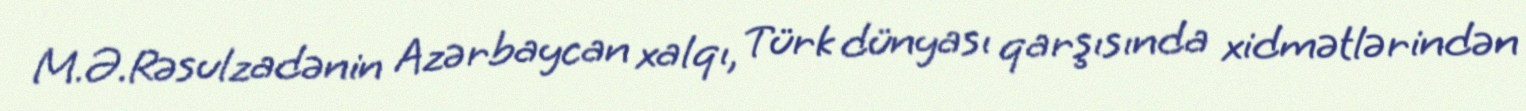
M.Ə.Rəsulzadənin Azərbaycan xalqı, Türk dünyası qarşısında xidmətlərindən